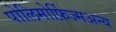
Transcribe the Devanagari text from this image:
पोलिमोर्फ़िज्मअन्य